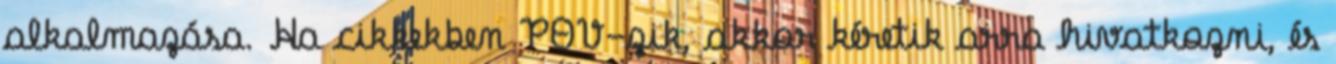
alkalmazása. Ha cikkekben POV-zik, akkor kéretik arra hivatkozni, és